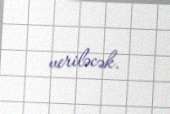
veriləcək.